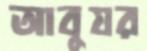
আবুযর